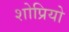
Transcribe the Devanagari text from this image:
शोप्रियो